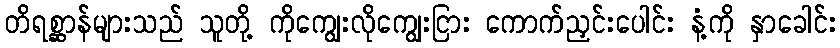
တိရစ္ဆာန်များသည် သူတို့ ကိုကျွေးလိုကျွေးငြား ကောက်ညှင်းပေါင်း နံ့ကို နှာခေါင်း